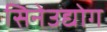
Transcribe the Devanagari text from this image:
सिनेउद्योग